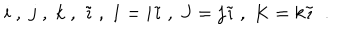
LaTeX: i \; , \; j \; , \; k \; , \; \tilde { \imath } \; , \; I = i \tilde { \imath } \; , \; J = j \tilde { \imath } \; , \; K = k \tilde { \imath } \; \; .